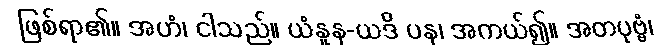
ဖြစ်ရာ၏။ အဟံ၊ ငါသည်။ ယံနူန-ယဒိ ပန၊ အကယ်၍။ အတပုဗ္ဗံ၊